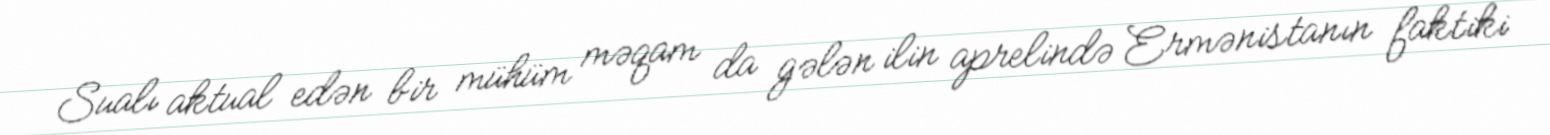
Sualı aktual edən bir mühüm məqam da gələn ilin aprelində Ermənistanın faktiki